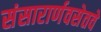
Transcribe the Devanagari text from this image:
संसारार्णवसेतवे